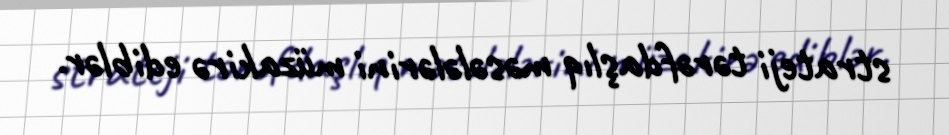
strateji tərəfdaşlıq məsələlərini müzakirə ediblər.